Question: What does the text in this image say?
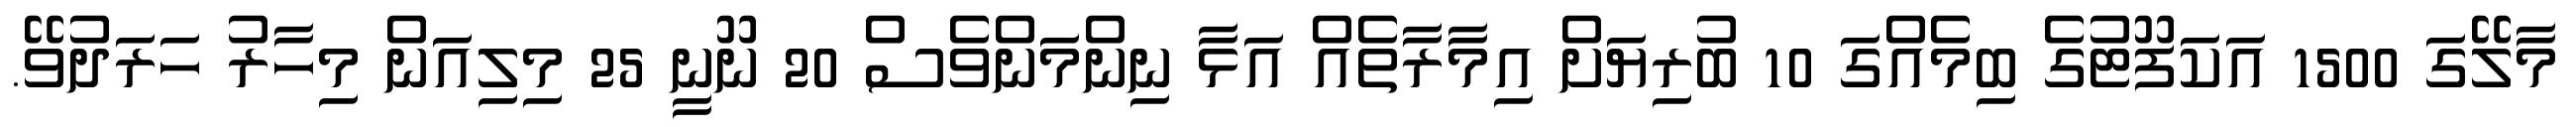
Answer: މާލޭގަ 1500 އަކަފޫޓުގެ ބިމެއްގަ 10 ބުރިޔަށް އިމާރާތެއް އަޅާ ނިންމަންވެސް 20 ނޫނީ 25 މިލިއަން މިހާރު ހަރަދުވޭ.